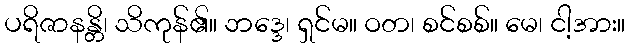
ပရိဇာနန္တိ၊ သိကုန်၏။ ဘဒ္ဒေ၊ ရှင်မ။ ဝတ၊ စင်စစ်။ မေ၊ ငါ့အား။